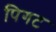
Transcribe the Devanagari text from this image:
पिगट